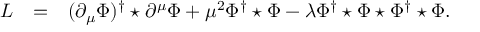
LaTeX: \begin{array} { r c l } { { { \cal L } } } & { { = } } & { { \displaystyle ( \partial _ { \mu } \Phi ) ^ { \dagger } \star \partial ^ { \mu } \Phi + \mu ^ { 2 } \Phi ^ { \dagger } \star \Phi - \lambda \Phi ^ { \dagger } \star \Phi \star \Phi ^ { \dagger } \star \Phi . } } \end{array}